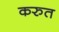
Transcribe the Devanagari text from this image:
करुत